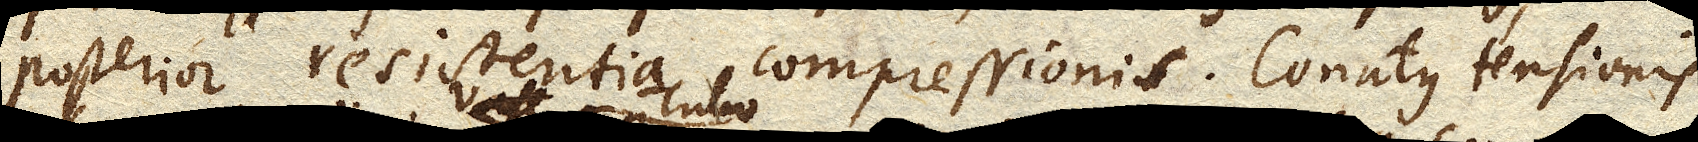
posterior resistentia compressionis. Conatus tensionis